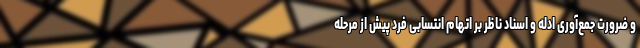
و ضرورت جمع‌آوری ادلّه و اسناد ناظر بر اتهام انتسابی فرد پیش از مرحله